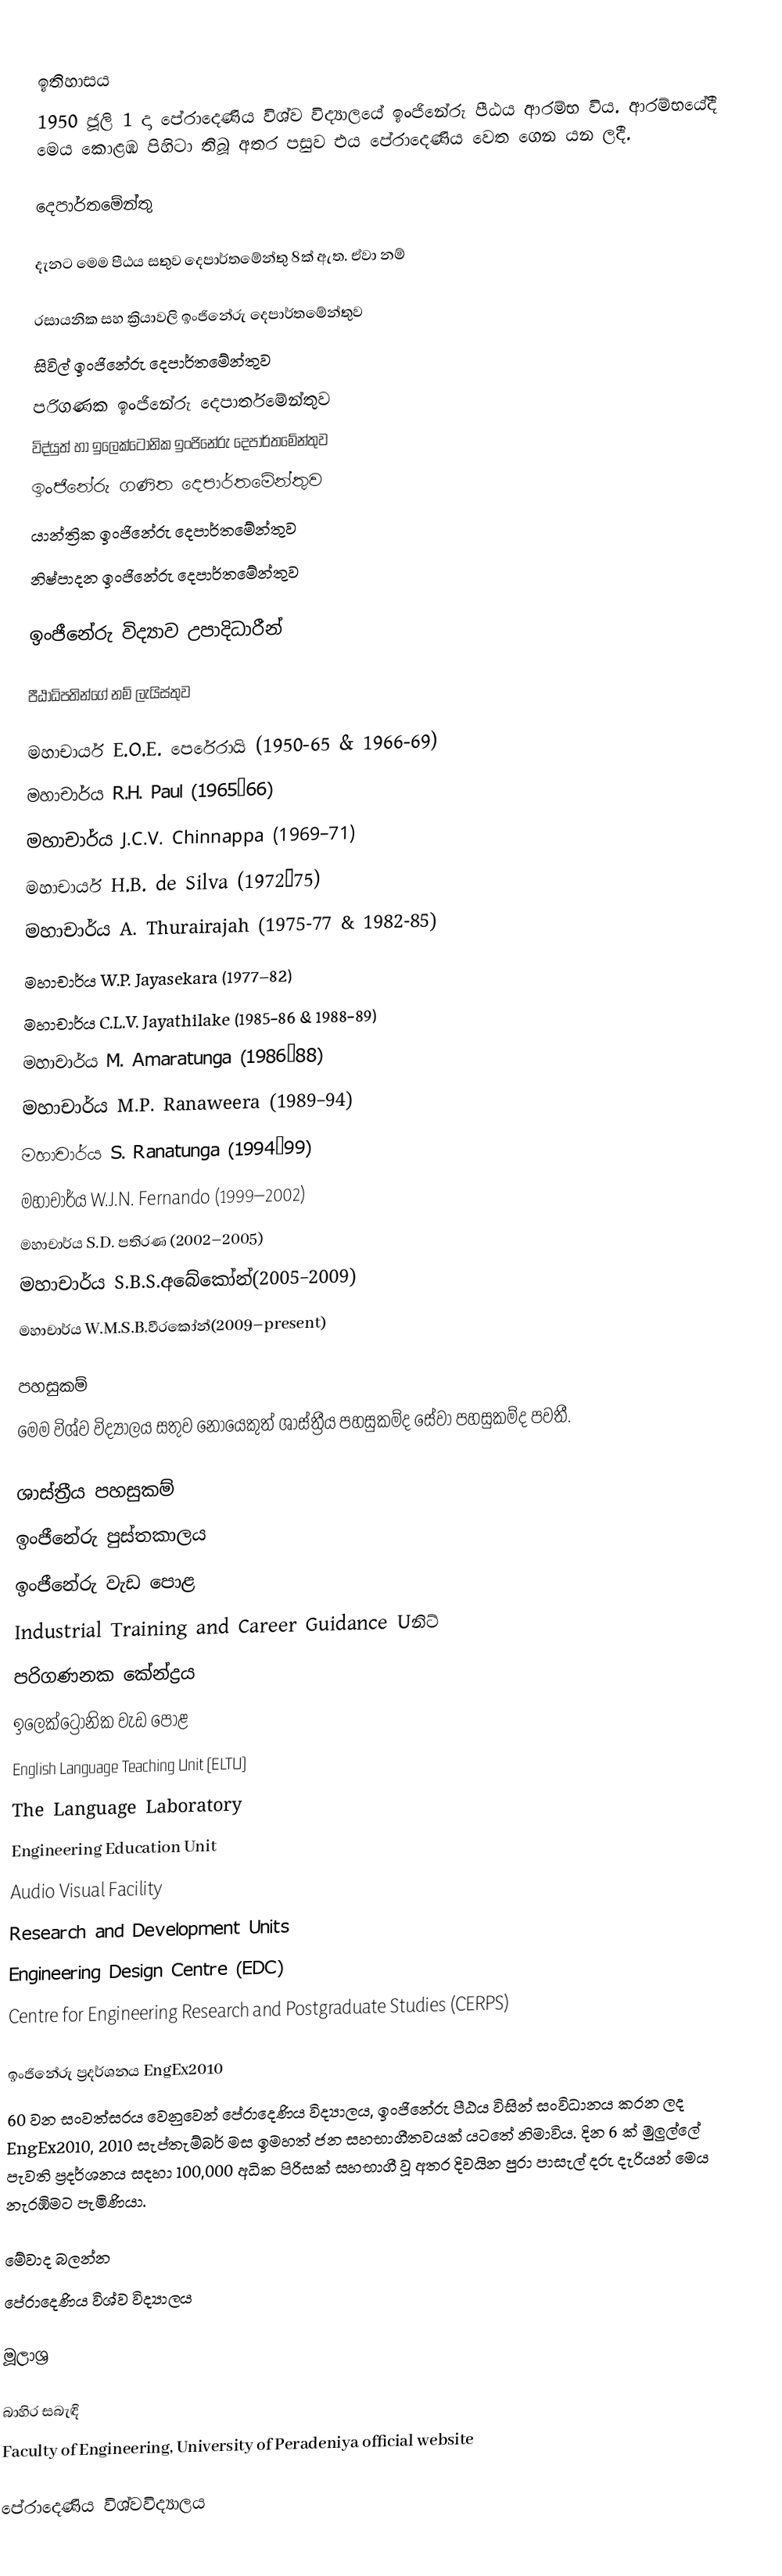

ඉතිහාසය
1950 ජූලි 1 දා  පේරාදෙණිය විශ්ව විද්‍යාලයේ ඉංජිනේරු පීඨය ආරම්භ විය. ආරම්භයේදී මෙය කොළඹ පිහිටා තිබූ අතර පසුව එය පේරාදෙණිය වෙත ගෙන යන ලදී.

දෙපාර්තමේන්තු

දැනට මෙම පීඨය සතුව දෙපාර්තමේන්තු 8ක්  ඇත. ඒවා නම්

රසායනික සහ ක්‍රියාවලි ඉංජිනේරු දෙපාර්තමේන්තුව
සිවිල් ඉංජිනේරු දෙපාර්තමේන්තුව
පරිගණක ඉංජිනේරු දෙපාර්තමේන්තුව
විද්යුත් හා ඉලෙක්ටොනික ඉංජිනේරු දෙපාර්තමේන්තුව
ඉංජිනේරු ගණිත දෙපාර්තමේන්තුව
යාන්ත්‍රික ඉංජිනේරු දෙපාර්තමේන්තුව
නිෂ්පාදන ඉංජිනේරු දෙපාර්තමේන්තුව

ඉංජීනේරු විද්‍යාව උපාදිධාරීන්

පීඨාධිපතින්ගේ නම් ලැයිස්තුව

මහාචාර්ය E.O.E. පෙරේරායි     (1950-65 & 1966-69)
මහාචාර්ය R.H. Paul          (1965–66)
මහාචාර්ය J.C.V. Chinnappa   (1969–71)
මහාචාර්ය H.B. de Silva      (1972–75)
මහාචාර්ය A. Thurairajah     (1975-77 & 1982-85)
මහාචාර්ය W.P. Jayasekara    (1977–82)
මහාචාර්ය C.L.V. Jayathilake (1985-86 & 1988-89)
මහාචාර්ය M. Amaratunga      (1986–88)
මහාචාර්ය M.P. Ranaweera     (1989–94)
මහාචාර්ය S. Ranatunga       (1994–99)
මහාචාර්ය W.J.N. Fernando    (1999–2002)
මහාචාර්ය S.D. පතිරණ     (2002–2005)
මහාචාර්ය S.B.S.අබේකෝන්(2005–2009)
මහාචාර්ය W.M.S.B.වීරකෝන්(2009–present)

පහසුකම්
මෙම විශ්ව වි‍ද්‍යාලය සතුව නොයෙකුත් ශාස්ත්‍රීය පහසුකම්ද සේවා පහසුකම්ද පවතී.

ශාස්ත්‍රීය පහසුකම්
ඉංජීනේරු පුස්තකාලය
ඉංජීනේරු වැඩ පොළ
Industrial Training and Career Guidance Uනිට්
පරිගණනක කේන්ද්‍රය
ඉලෙක්ට්‍රෝනික වැඩ පොළ
English Language Teaching Unit (ELTU)
The Language Laboratory
Engineering Education Unit
Audio Visual Facility
Research and Development Units
Engineering Design Centre (EDC)
Centre for Engineering Research and Postgraduate Studies (CERPS)

ඉංජිනේරු ප්‍රදර්ශනය EngEx2010
60 වන සංවත්සරය වෙනුවෙන් පේරාදෙණිය විද්‍යාලය, ඉංජිනේරු පීඨය විසින් සංවිධානය කරන ලද EngEx2010, 2010 සැප්තැම්බර් මස ඉමහත් ජන සහභාගීතවයක් යටතේ නිමාවිය. දින 6 ක් මුලුල්ලේ පැවති ප්‍රදර්ශනය සදහා 100,000 අධික පිරිසක් සහභාගී වූ අතර දිවයින පුරා පාසැල් දරු දැරියන් මෙය නැරඹිමට පැමිණියා.

මේවාද බලන්න
පේරාදෙණිය‍ විශ්ව විද්‍යාලය

මූලාශ්‍ර

බාහිර සබැඳි
Faculty of Engineering, University of Peradeniya official website

පේරාදෙණිය‍ විශ්වවිද්‍යාලය